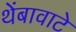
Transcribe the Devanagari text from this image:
थेंबावाटे